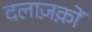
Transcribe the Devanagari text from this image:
दलाज़क़ों